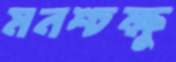
মনশ্চক্ষু